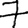
Digit: 7